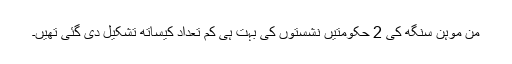
من موہن سنگھ کی 2 حکومتیں نشستوں کی بہت ہی کم تعداد کیساتھ تشکیل دی گئی تھیں۔